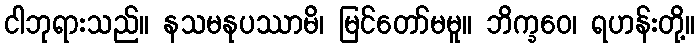
ငါဘုရားသည်။ နသမနုပဿာမိ၊ မြင်တော်မမူ။ ဘိက္ခဝေ၊ ရဟန်းတို့။